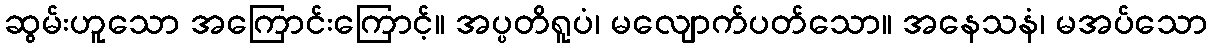
ဆွမ်းဟူသော အကြောင်းကြောင့်။ အပ္ပတိရူပံ၊ မလျောက်ပတ်သော။ အနေသနံ၊ မအပ်သော